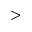
>